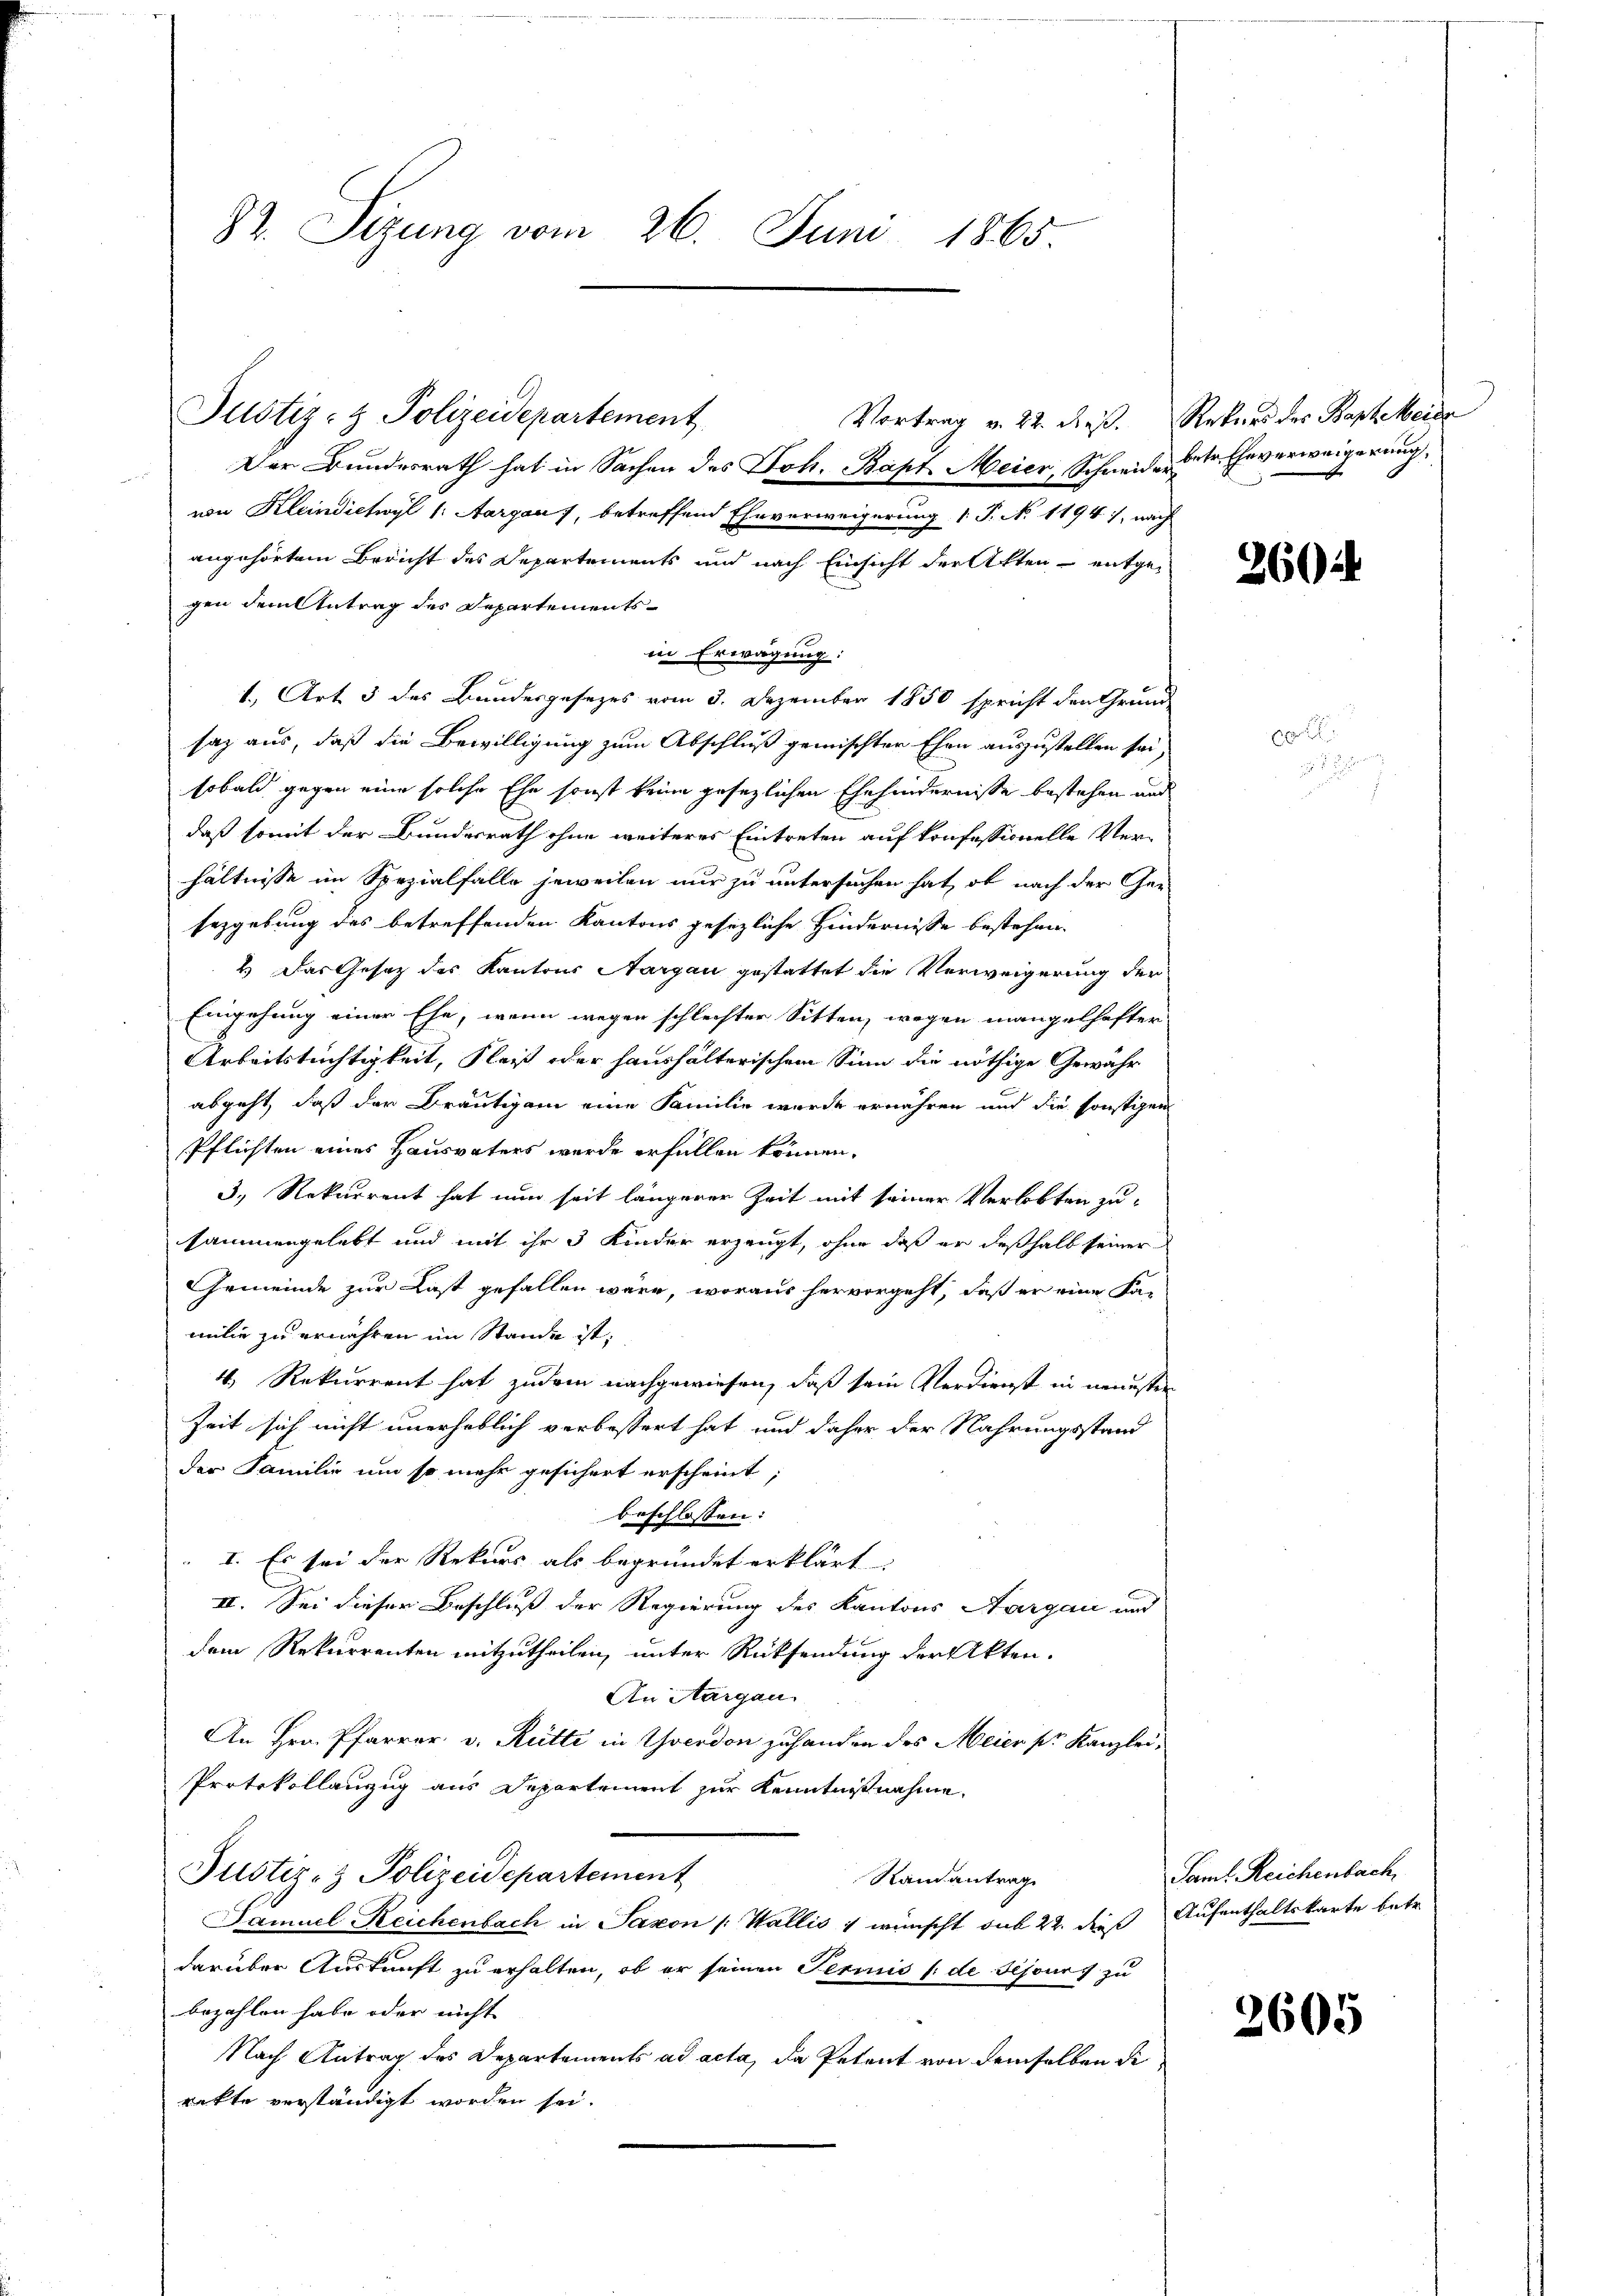
82. Sizung vom 26. Juni 1865.

Justiz- & Polizeidepartement

Der Bundesrath hat in Sachen des Joh. Bapt. Meier, Schneide betr. Eheverweigerung,
von Kleindictwyl 1: Aargau, betreffend Eheverweigerung 1. P. No. 1194), nach
angehörtem Bericht des Departements und nach Einsicht der Akten - entge-
gen dem Antrag des Departements¬
10
in Erwägung:
1., Art. 3 des Bundesgesezes vom 3. Dezember 1850 spricht den Grund-
saz aus, daß die Bewilligung zum Abschluß gemischter Ehen auszustellen sei;
sobald gegen eine solche Ehe sonst keine gesezlichen Ehehindernisse bestehen und
daß somit der Bundesrath ohne weiteres Eintreten auf konfessionelle Verhältnisse im Spezialfalle jeweilen nur zu untersuchen hat, ob nach der Ge-
Eezgebung des betreffenden Kantons gesezliche Hindernisse bestehen.
2.) Das Gesetz des Kantons Aargau gestattet die Verweigerung der
Eingehung einer Ehe, wenn wegen schlechter Sitten, wegen mangelhafter
Arbeitstüchtigkeit, Fleiß oder haushalterischem Sinn die nöthige Gewähr
abgeht, daß der Bräutigam eine Familie wurde ernähren und die sonstigen
Pflichten eines Hausvaters werde erfüllen können.
3., Rekurrent hat nun seit längerer Zeit mit seiner Verlobten zusammengelebt und mit ihr 3 Kinder erzeugt, ohne daß er deßhalb seiner
Gemeinde zur Last gefallen wäre, woraus hervorgeht, daß er eine Familie zu ernehmen im Stande ist:
4, Rekurrent hat zudem nachgewiesen, daß sein Verdienst in neuesten
Zeit sich nicht unerheblich verbessert hat und daher der Nahrungsstand
der Familie um so mehr gesichert erscheint;
beschlossen:
I. Es sei der Rekurs als begründet erklärt.
II. Sei dieser Beschluß der Regierung des Kantons Aargau und
dem Rekurrenten mitzutheilen, unter Rücksendung der Akten.
An Aargau
An Hrn. Pfarrer v. Rütti in Yverdon zuhanden des Meier sr. Kanzlei¬
Protokollanzug aus Departement zur Kenntnißnahme
Justiz- & Polizeidepartement
Randantrag
Samuel Reichenbach in Saxon /: Wallis & wünscht sub 22. dieß Aufenthaltskarte betr.
darüber Auskunft zu erhalten, ob er seinen Perinis (de Sejours zu
bezahlen habe oder nicht
Nach Antrag des Departements ad acta, da Petent von demselben di
rekte verständigt worden sei.

Vortrag v. 22. dieß. Rekurs des Kapeleide

260.

Saml Reichenbach

2605